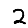
Digit: 2